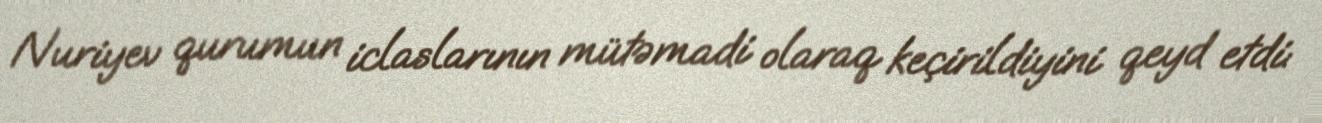
Nuriyev qurumun iclaslarının mütəmadi olaraq keçirildiyini qeyd etdi: